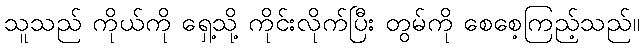
သူသည် ကိုယ်ကို ရှေ့သို့ ကိုင်းလိုက်ပြီး တွမ်ကို စေစေ့ကြည့်သည်။